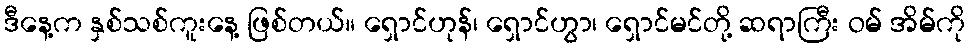
ဒီနေ့က နှစ်သစ်ကူးနေ့ ဖြစ်တယ်။ ရှောင်ဟုန်၊ ရှောင်ဟွာ၊ ရှောင်မင်တို့ ဆရာကြီး ဝမ် အိမ်ကို